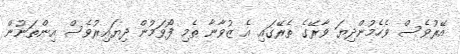
އޭރުވެސް ވެހެމުންދިޔަ ވާރޭގެ ތެރޭގައި އެ ޒުވާނާ ތެމި ފޯވަމުން ދިޔައިރުވެސް އިންތަނުން